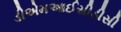
ડીએમઆઈસીડીસી